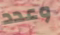
وعدد